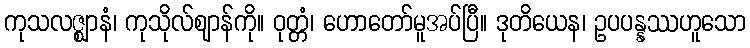
ကုသလဇ္ဈာနံ၊ ကုသိုလ်ဈာန်ကို။ ဝုတ္တံ၊ ဟောတော်မူအပ်ပြီ။ ဒုတိယေန၊ ဥပပန္နဿဟူသော